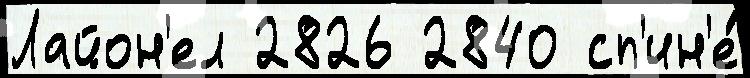
Лайон'ел 2826 2840 сп'ин'е́